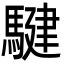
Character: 騝